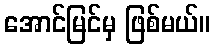
အောင်မြင်မှ ဖြစ်မယ်။